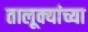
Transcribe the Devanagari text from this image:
तालूक्यांच्या